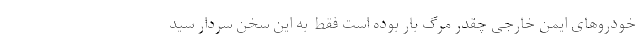
خودروهای ایمن خارجی چقدر مرگ بار بوده است فقط به این سخن سردار سید